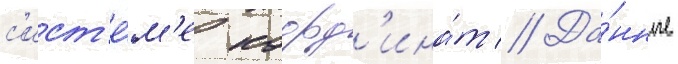
с'ист'е́м'е коорд'ина́т // Да́нные